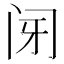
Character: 𰿩